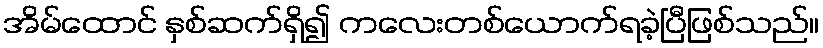
အိမ်ထောင် နှစ်ဆက်ရှိ၍ ကလေးတစ်ယောက်ရခဲ့ပြီဖြစ်သည်။